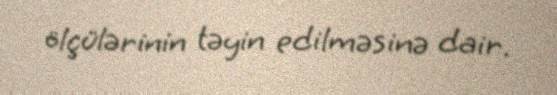
ölçülərinin təyin edilməsinə dair.